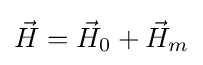
{\vec {H}}={\vec {H}}_{0}+{\vec {H}}_{m}